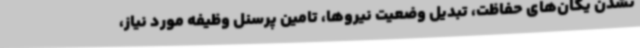
نشدن یگان‌های حفاظت، تبدیل وضعیت نیروها، تامین پرسنل وظیفه مورد نیاز،